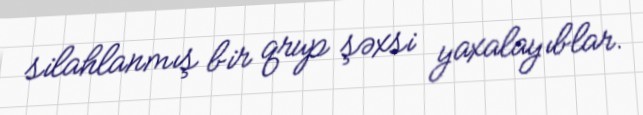
silahlanmış bir qrup şəxsi yaxalayıblar.